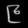
Digit: ၉